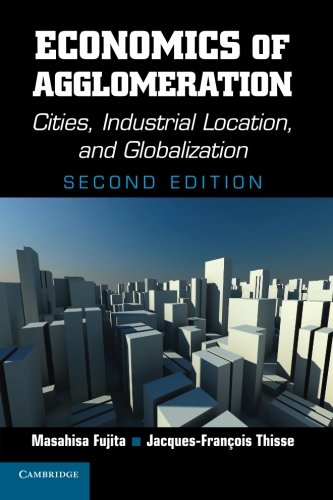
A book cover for Economics of Agglomeration: Cities, Industrial Location, and Globalization; Masahisa Fujita; Business & Money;